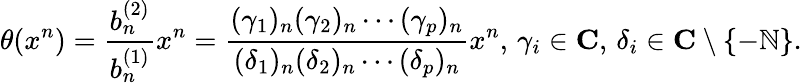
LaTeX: \theta(x^{n})={\frac{b_{n}^{(2)}}{b_{n}^{(1)}}}x^{n}={\frac{(\gamma_{1})_{n}(\gamma_{2})_{n}\cdots(\gamma_{p})_{n}}{(\delta_{1})_{n}(\delta_{2})_{n}\cdots(\delta_{p})_{n}}}x^{n},\, \gamma_{i}\in\mathbf{C},\, \delta_{i}\in\mathbf{C}\setminus\{ -\mathbb{N}\} .